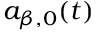
a _ { \beta , 0 } ( t )